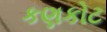
કણકોટ